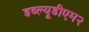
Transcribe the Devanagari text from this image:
डब्ल्यूडीएम२